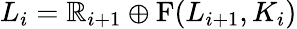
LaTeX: L_{i}=\mathbb{R}_{i+1}\oplus\mathrm{{{F}}}(L_{i+1},K_{i})